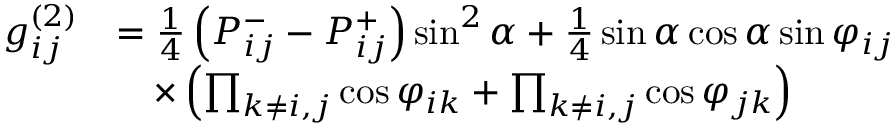
\begin{array} { r l } { \small g _ { i j } ^ { ( 2 ) } } & { = \frac { 1 } { 4 } \left( P _ { i j } ^ { - } - P _ { i j } ^ { + } \right) \sin ^ { 2 } \alpha + \frac { 1 } { 4 } \sin \alpha \cos \alpha \sin \varphi _ { i j } } \\ & { \quad \times \left( \prod _ { k \neq i , j } \cos \varphi _ { i k } + \prod _ { k \neq i , j } \cos \varphi _ { j k } \right) } \end{array}